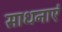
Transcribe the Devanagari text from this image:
साधनाएं